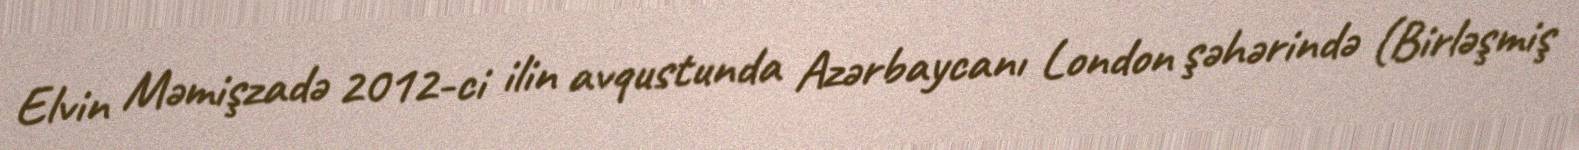
Elvin Məmişzadə 2012-ci ilin avqustunda Azərbaycanı London şəhərində (Birləşmiş